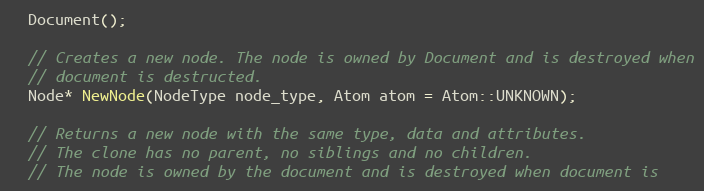
Language: C
  Document();

  // Creates a new node. The node is owned by Document and is destroyed when
  // document is destructed.
  Node* NewNode(NodeType node_type, Atom atom = Atom::UNKNOWN);

  // Returns a new node with the same type, data and attributes.
  // The clone has no parent, no siblings and no children.
  // The node is owned by the document and is destroyed when document is